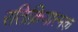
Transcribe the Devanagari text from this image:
रतिक्रियात्मक